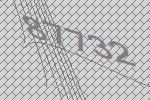
87732